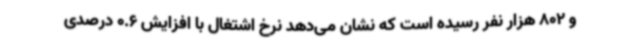
و 802 هزار نفر رسیده است که نشان می‌دهد نرخ اشتغال با افزایش 0.6 درصدی